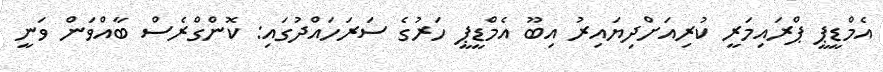
އެމްޑީޕީ ޕްރައިމަރީ ކުރިއަށްދިޔައިރު އިބޫ އެމްޑީޕީ ހަރުގެ ސަރަހައްދުގައި: ކޮންގްރެސް ބާއްވަން ވަނީ